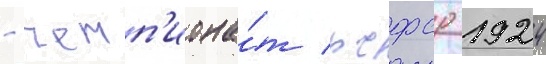
- чемп'иона́т рсфср 1924